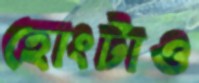
হোংটাও